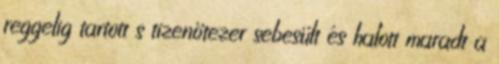
reggelig tartott s tizenötezer sebesült és halott maradt a